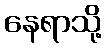
နေရာသို့